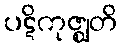
ပဋိကုဇ္ဈတိ